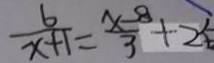
\frac { 6 } { x + 1 } = \frac { x - 8 } { 3 } + 2